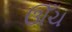
ઊઁચ